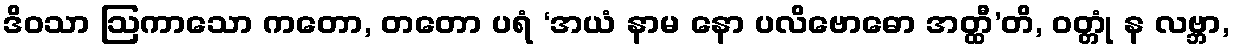
ဒိဝသာ ဩကာသော ကတော, တတော ပရံ ‘အယံ နာမ နော ပလိဗောဓော အတ္ထီ’တိ, ဝတ္တုံ န လဗ္ဘာ,